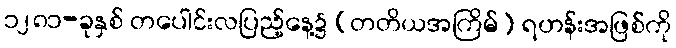
၁၂၈၁-ခုနှစ် တပေါင်းလပြည့်နေ့၌ (တတိယအကြိမ်) ရဟန်းအဖြစ်ကို